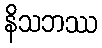
နိသဘဿ